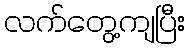
လက်တွေ့ကျပြီး